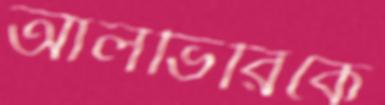
আলভিরিকে